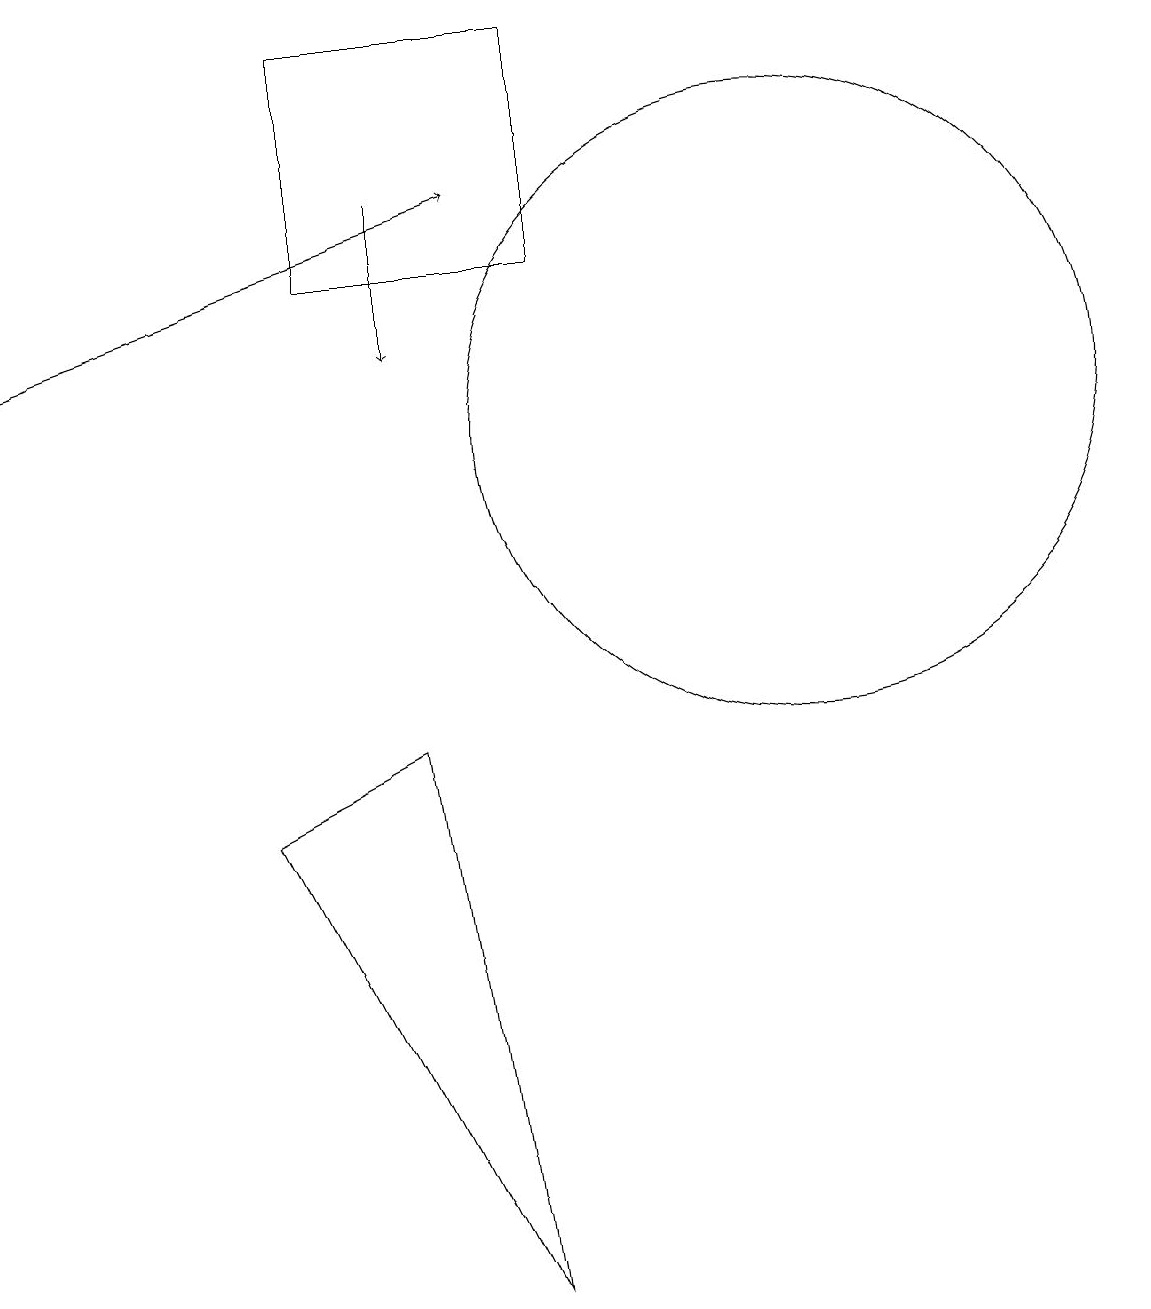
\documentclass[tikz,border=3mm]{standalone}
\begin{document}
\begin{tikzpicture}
\draw (10,11) circle (4);
\draw (7,16) rectangle (4,13);
\draw[->] (0,12) -- (6,14);
\draw[->] (5,14) -- (5,12);
\draw (5,7) -- (6,0) -- (3,6) -- cycle;
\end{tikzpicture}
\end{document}